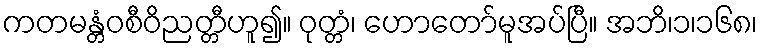
ကတမန္တံဝစီဝိညတ္တီဟူ၍။ ဝုတ္တံ၊ ဟောတော်မူအပ်ပြီ။ အဘိ၊၁၊၁၆၈၊